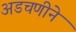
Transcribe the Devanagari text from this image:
अडचणीने